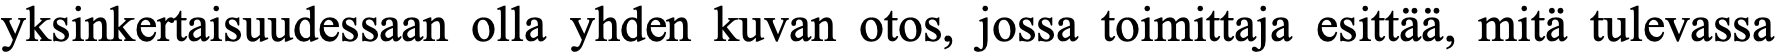
yksinkertaisuudessaan olla yhden kuvan otos, jossa toimittaja esittää, mitä tulevassa